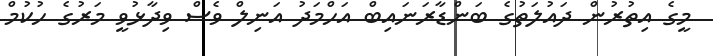
މީގެ އިތުރުން ދައުލަތުގެ ބަންޑާރަނައިބް އަހްމަދު އަނިލް ވެސް ވިދާޅުވީ މަރުގެ ހުކުމް